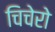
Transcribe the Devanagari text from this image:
चिचेरो